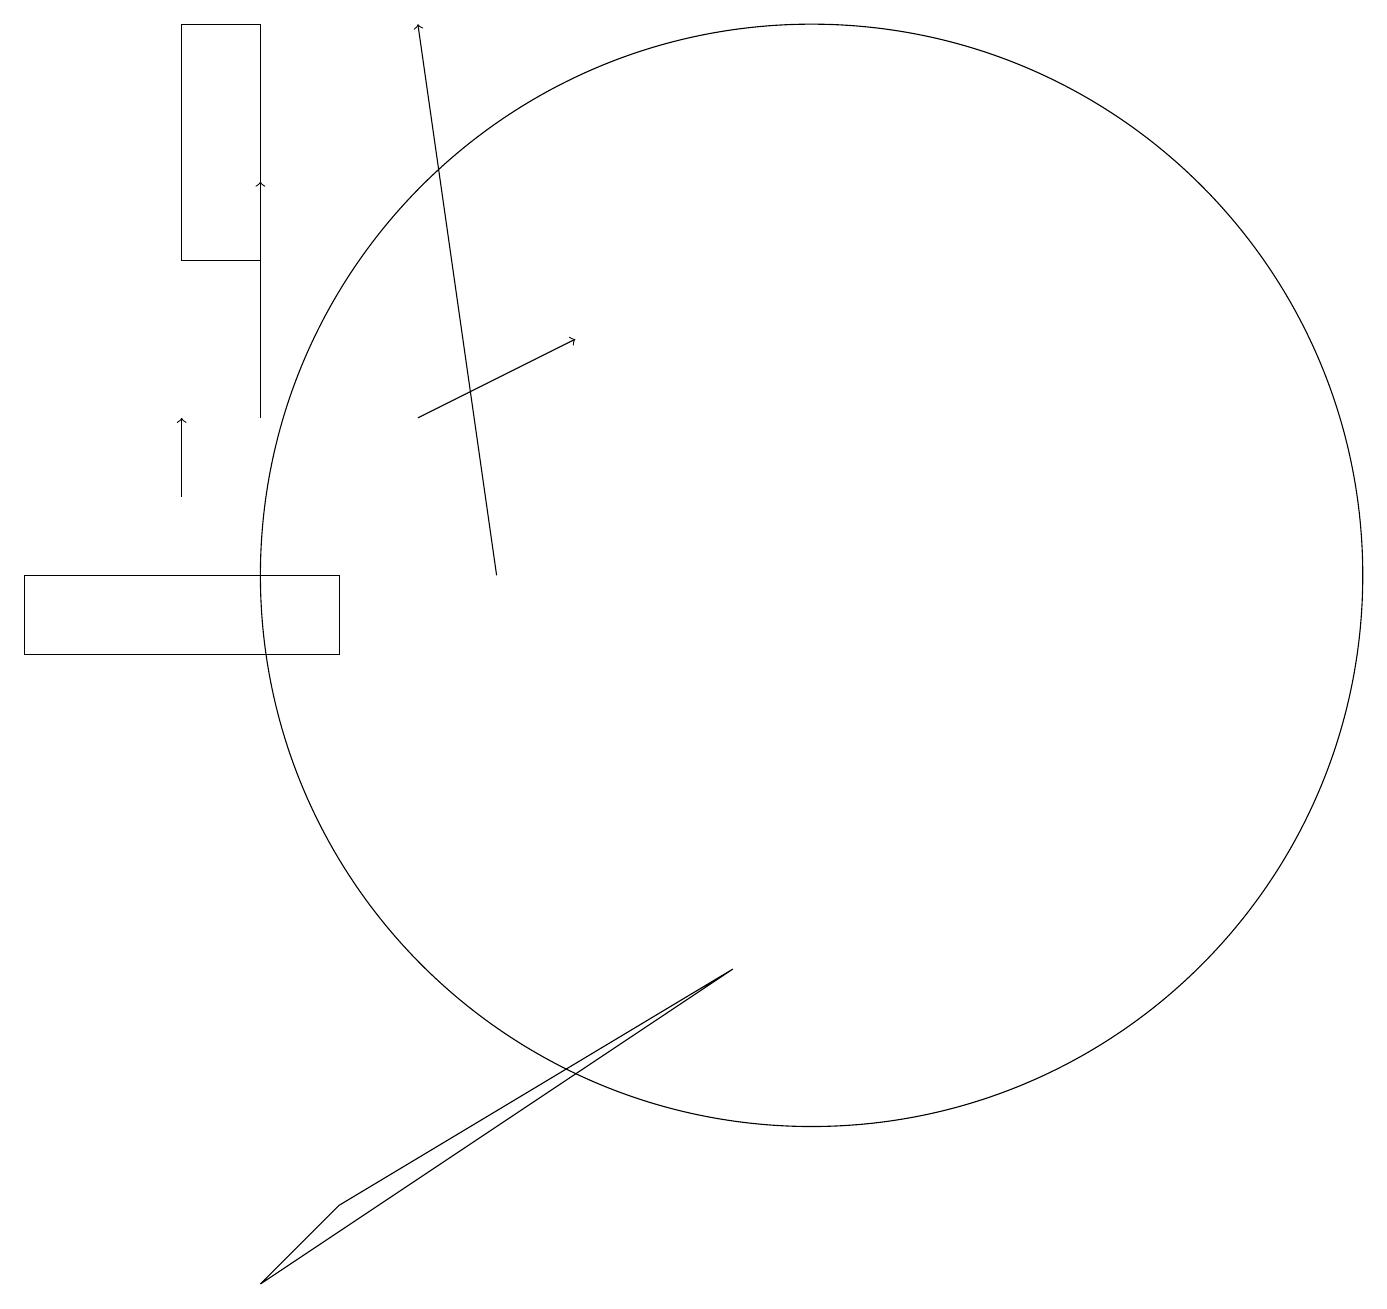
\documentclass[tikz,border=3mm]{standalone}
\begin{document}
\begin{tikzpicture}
\draw[->] (5,14) -- (7,15);
\draw[->] (2,13) -- (2,14);
\draw[->] (3,14) -- (3,17);
\draw (3,3) -- (9,7) -- (4,4) -- cycle;
\draw (3,19) rectangle (2,16);
\draw (4,11) rectangle (0,12);
\draw (10,12) circle (7);
\draw[->] (6,12) -- (5,19);
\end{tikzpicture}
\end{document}